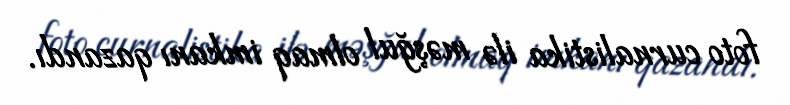
foto curnalistika ilə məşğul olmaq imkanı qazandı.